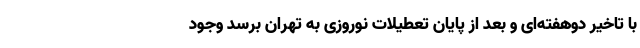
با تاخیر دوهفته‌ای و بعد از پایان تعطیلات نوروزی به تهران برسد وجود